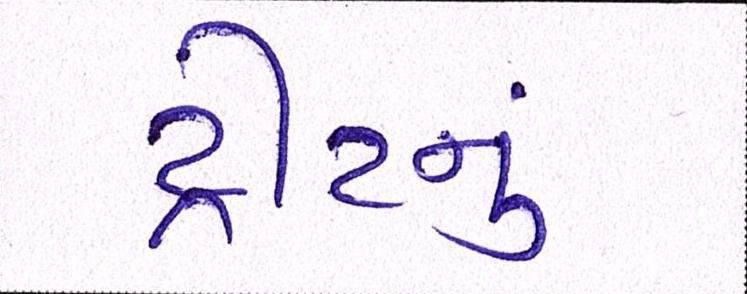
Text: ટ્રીટનું